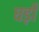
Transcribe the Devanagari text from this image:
घड़ोँ